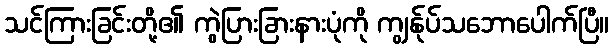
သင်ကြားခြင်းတို့၏ ကွဲပြားခြားနားပုံကို ကျွန်ုပ်သဘောပေါက်ပြီ။